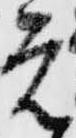
元